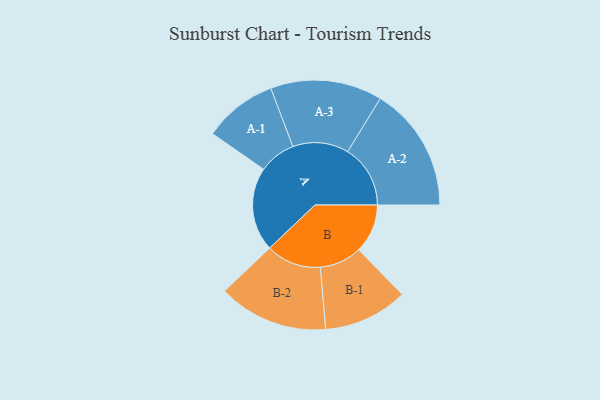
{"axis": {"x": "Segment", "y": "Value"}, "legend": ["", "A", "B"], "data": [{"x": "A", "y": 396, "type": ""}, {"x": "B", "y": 231, "type": ""}, {"x": "A-1", "y": 174, "type": "A"}, {"x": "A-2", "y": 296, "type": "A"}, {"x": "A-3", "y": 264, "type": "A"}, {"x": "B-1", "y": 199, "type": "B"}, {"x": "B-2", "y": 260, "type": "B"}]}